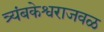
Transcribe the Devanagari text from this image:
त्र्यंबकेश्वराजवळ